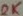
Text: 2K